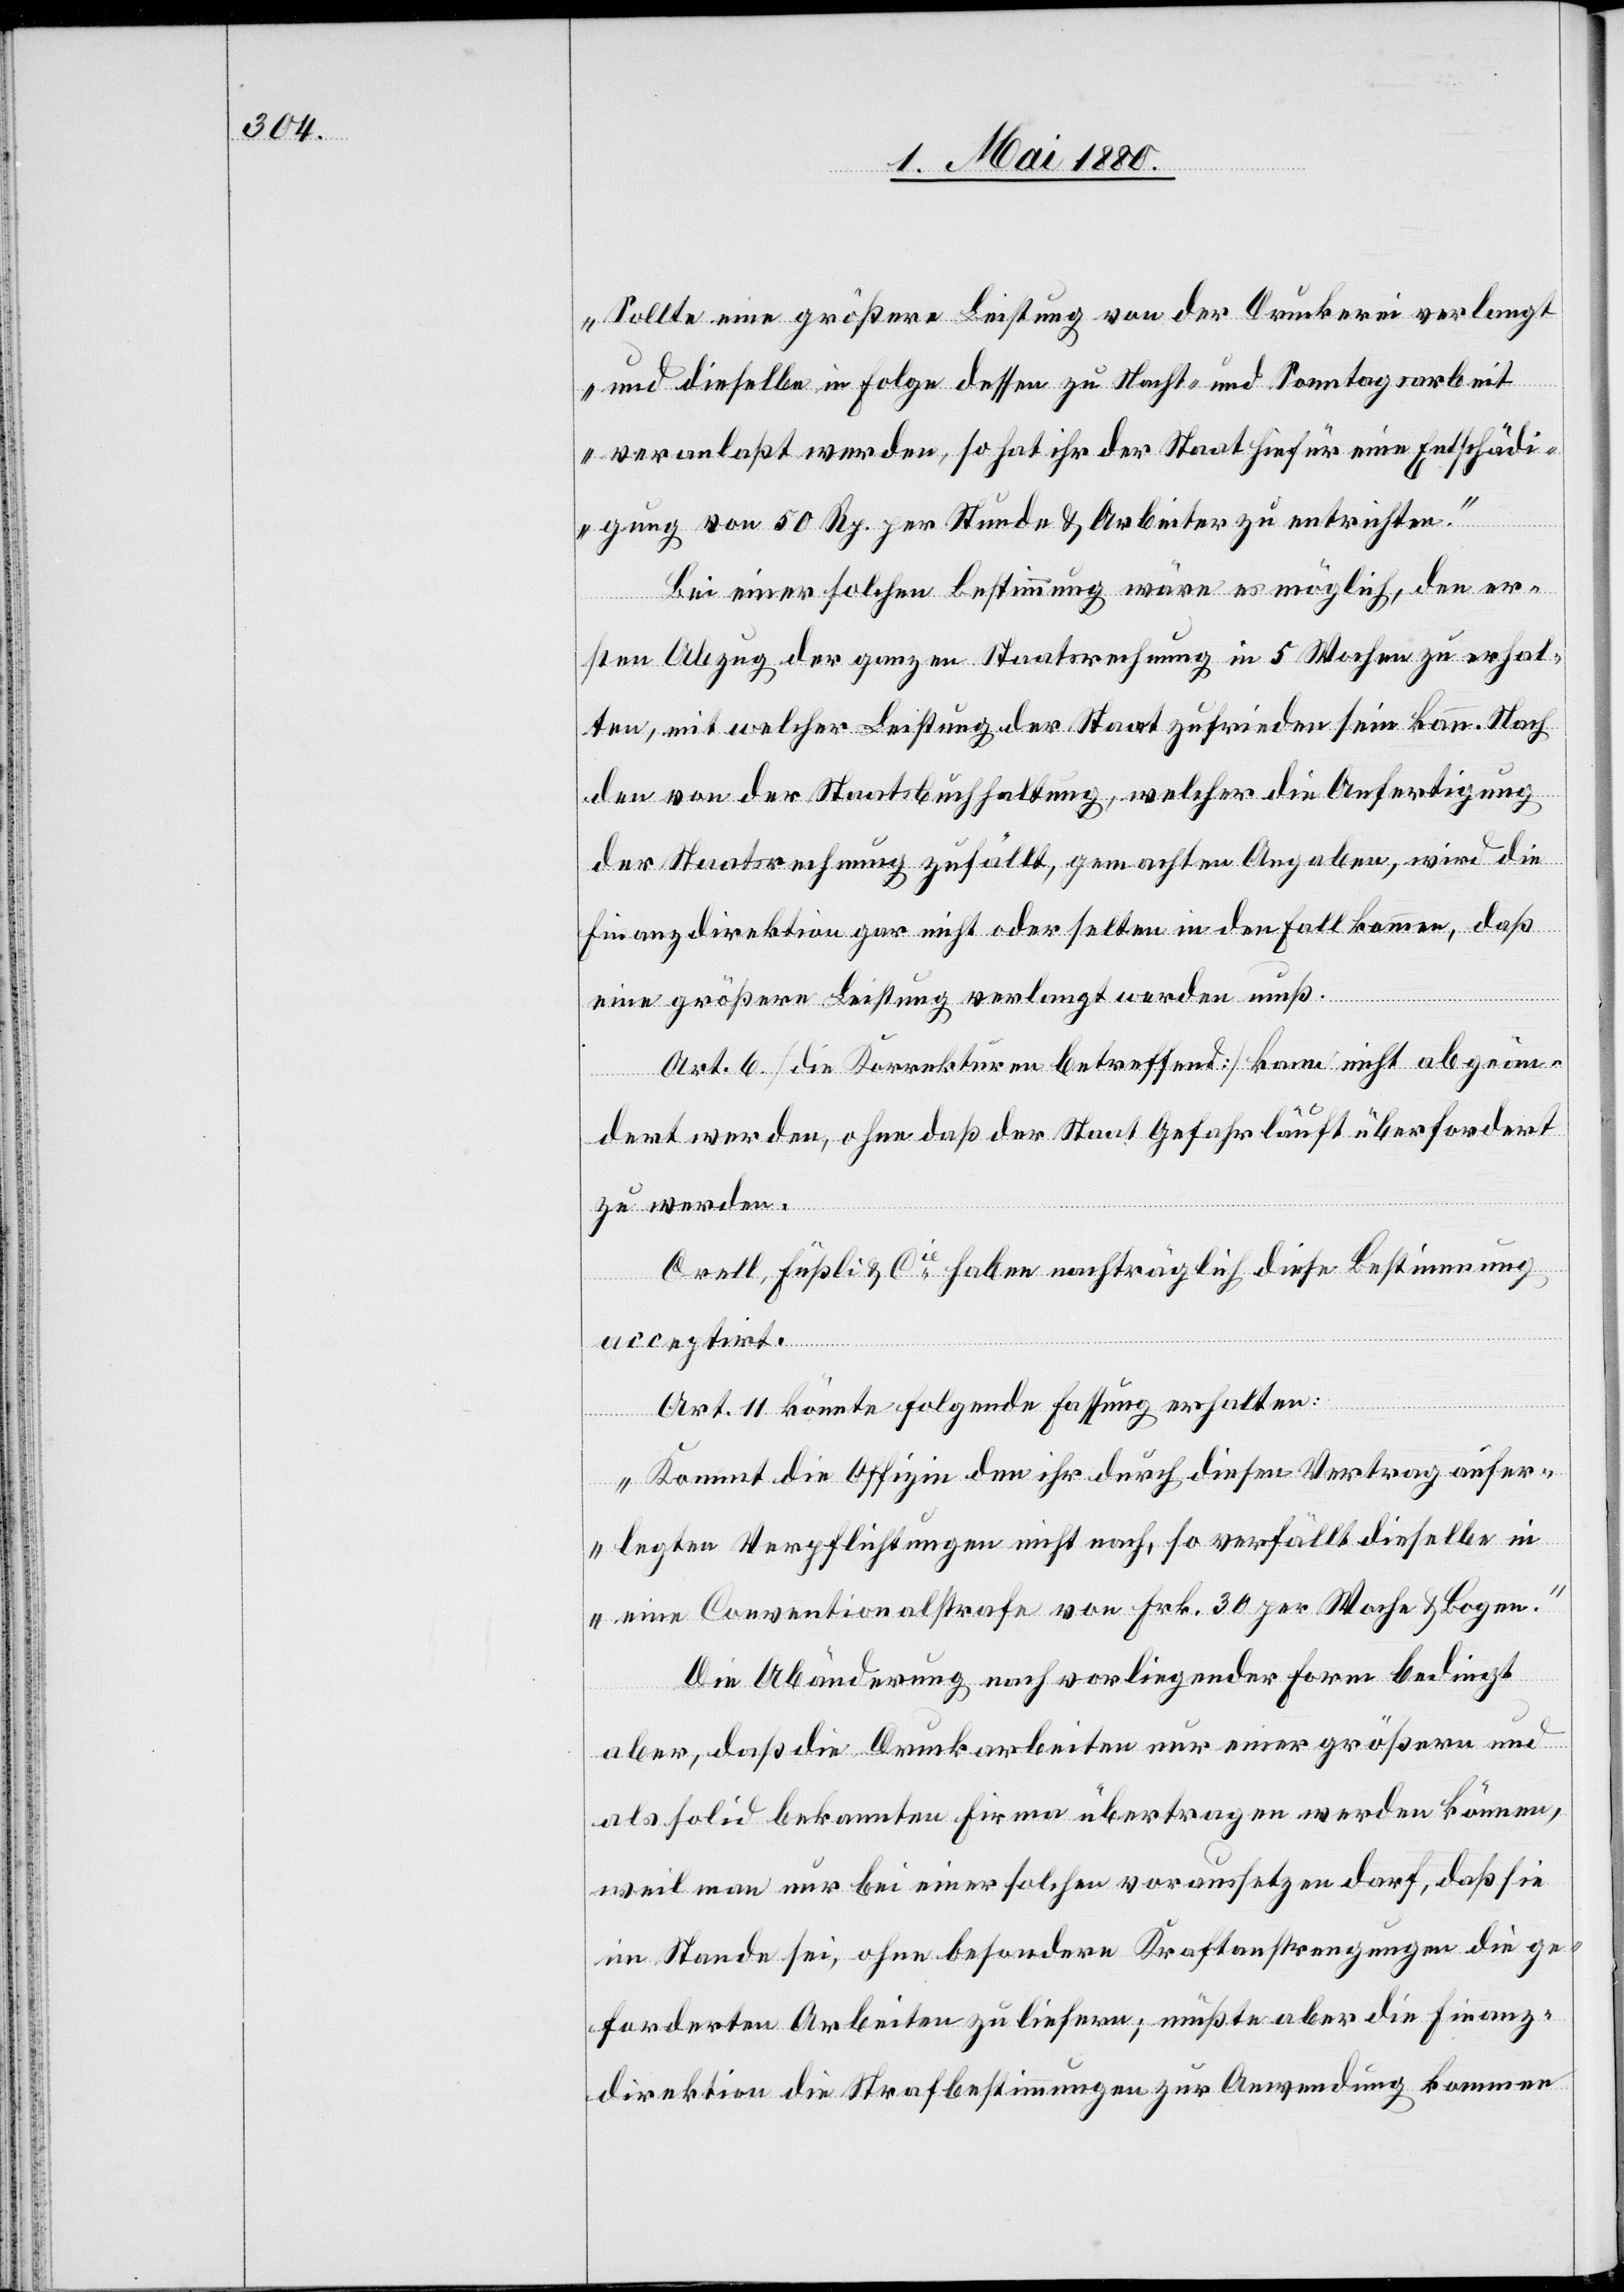
Sollte eine größere Leistung von der Druckerei verlangt
und dieselbe in Folge dessen zu Nacht- und Sonntagsarbeit
veranlaßt werden, so hat ihr der Staat hiefür eine Entschädi¬
gung von 50 Rp. per Stunde & Arbeiter zu entrichten.“
Bei einer solchen Bestimmung wäre es möglich, den er¬
sten Abzug der ganzen Staatsrechnung in 5 Wochen zu erhal¬
ten, mit welcher Leistung der Staat zufrieden sein kann. Nach
den von der Staatsbuchhaltung, welcher die Anfertigung
der Staatsrechnung zufällt, gemachten Angaben, wird die
Finanzdirektion gar nicht oder selten in den Fall kommen, daß
eine größere Leistung verlangt werden muß.
Art. 6 [die Korrekturen betreffend] kann nicht abgeän¬
dert werden, ohne daß der Staat Gefahr läuft überfordert
zu werden.
Orell, Füßli & Cie haben nachträglich diese Bestimmung
acceptirt.
Art. 11 könnte folgende Fassung erhalten:
„Kommt die Offizie den ihr durch diesen Vertrag aufer¬
legten Verpflichtungen nicht nach, so verfällt dieselbe in
eine Conventionalstrafe von Fr. 30 per Woche & Bogen.“
Die Abänderung nach vorliegender Form bedingt
aber, daß die Druckarbeiten nur einer größern und
als solid bekannten Firma übertragen werden können,
weil man nur bei einer solchen voraussetzen darf, daß sie
im Stande sei, ohne besondere Kraftanstrengungen die ge¬
forderten Arbeiten zu liefern; müßte aber die Finanz¬
direktion die Strafbestimmungen zur Anwendung kommen